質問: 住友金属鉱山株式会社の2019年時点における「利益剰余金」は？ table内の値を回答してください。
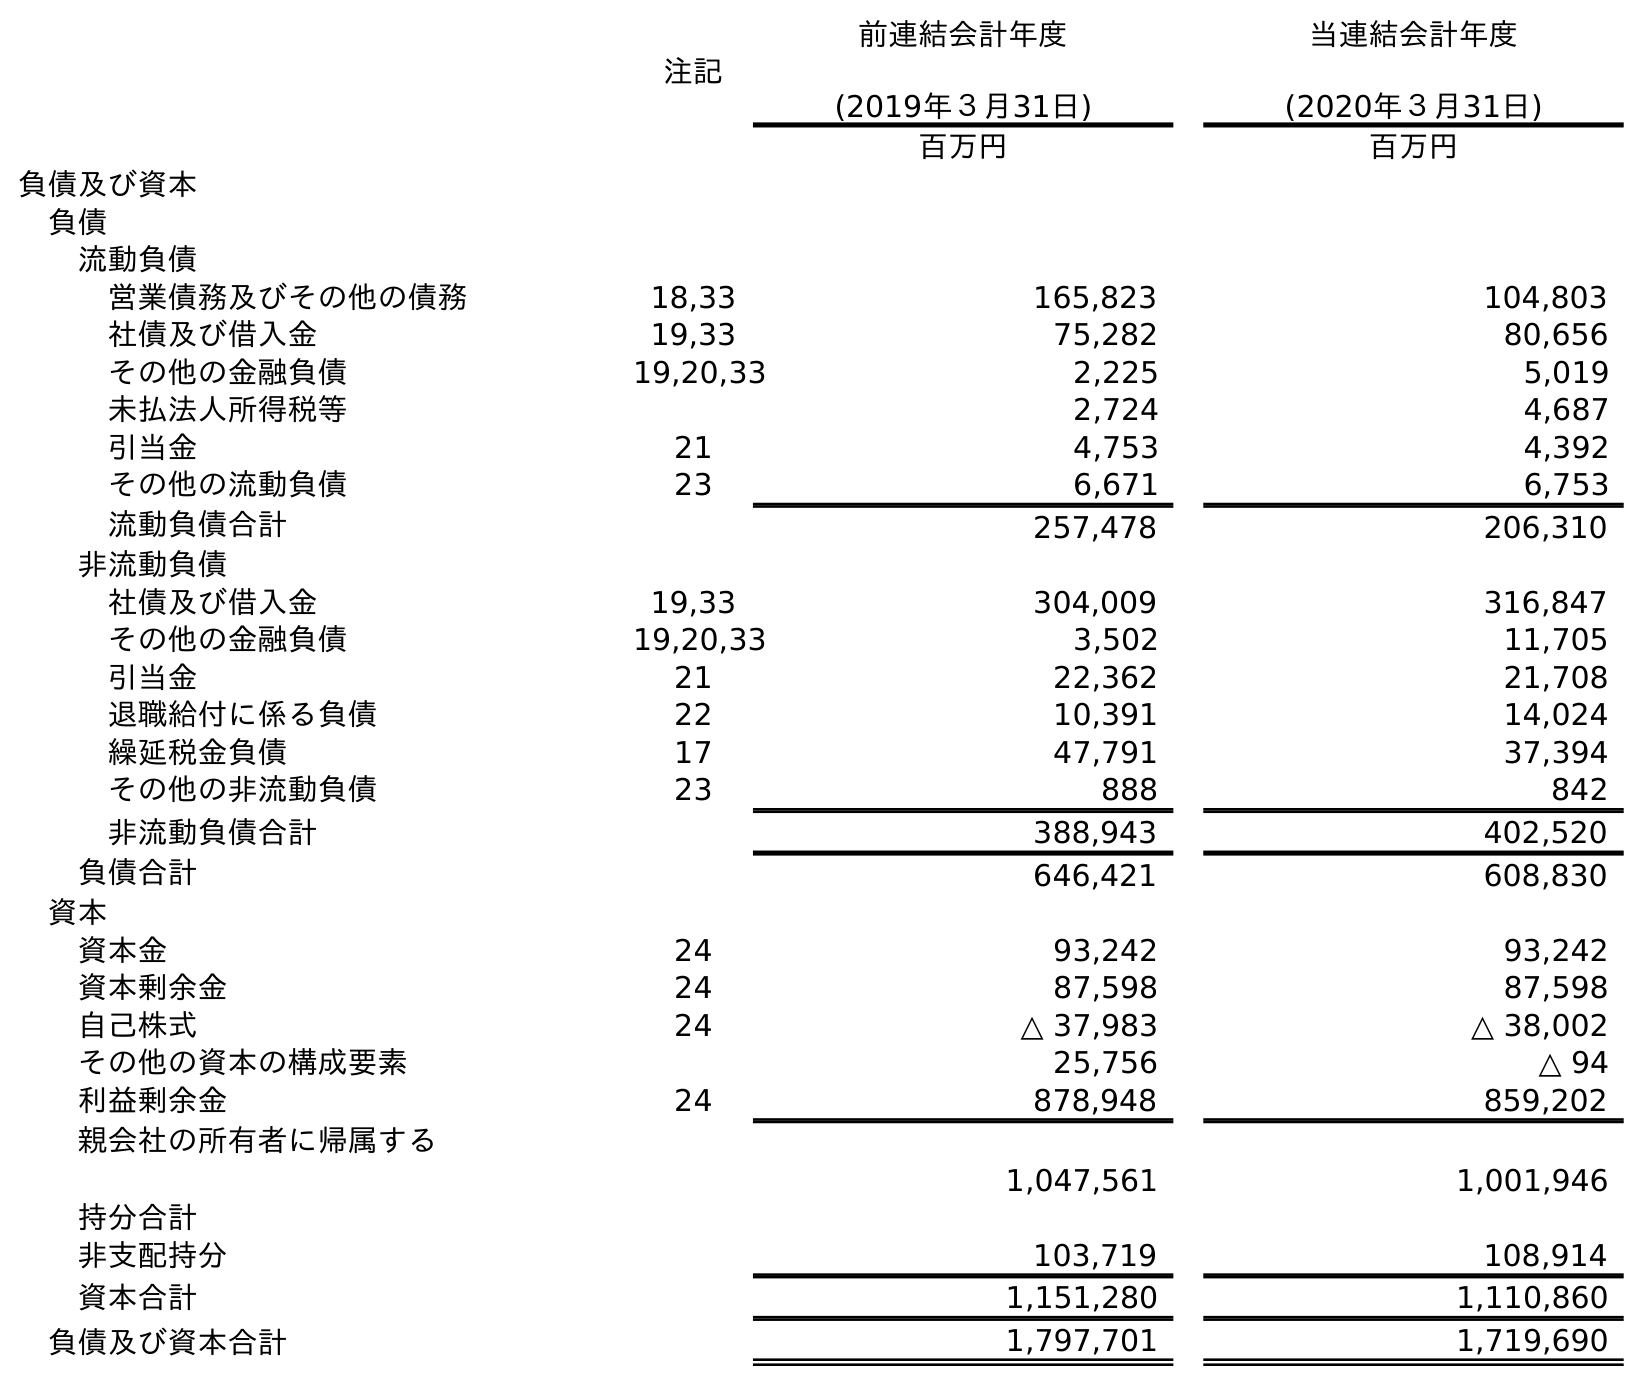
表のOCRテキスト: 注記 前連結会計年度 (2019年３月31日) 当連結会計年度 (2020年３月31日) 百万円 百万円 負債及び資本 負債 流動負債 営業債務及びその他の債務 18,33 165,823 104,803 社債及び借入金 19,33 75,282 80,656 その他の金融負債 19,20,33 2,225 5,019 未払法人所得税等 2,724 4,687 引当金 21 4,753 4,392 その他の流動負債 23 6,671 6,753 流動負債合計 257,478 206,310 非流動負債 社債及び借入金 19,33 304,009 316,847 その他の金融負債 19,20,33 3,502 11,705 引当金 21 22,362 21,708 退職給付に係る負債 22 10,391 14,024 繰延税金負債 17 47,791 37,394 その他の非流動負債 23 888 842 非流動負債合計 388,943 402,520 負債合計 646,421 608,830 資本 資本金 24 93,242 93,242 資本剰余金 24 87,598 87,598 自己株式 24 △ 37,983 △ 38,002 その他の資本の構成要素 25,756 △ 94 利益剰余金 24 878,948 859,202 親会社の所有者に帰属する 持分合計 1,047,561 1,001,946 非支配持分 103,719 108,914 資本合計 1,151,280 1,110,860 負債及び資本合計 1,797,701 1,719,690
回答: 878,948